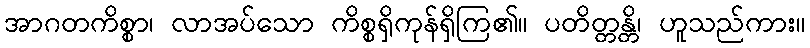
အာဂတကိစ္စာ၊ လာအပ်သော ကိစ္စရှိကုန်ရှိကြ၏။ ပတိတ္တန္တိ၊ ဟူသည်ကား။